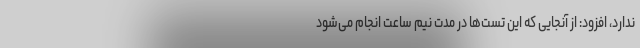
ندارد، افزود: از آنجایی که این تست‌ها در مدت نیم ساعت انجام می‌شود